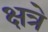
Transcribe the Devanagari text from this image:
क्षत्रे